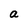
Character: a